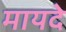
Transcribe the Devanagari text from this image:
मायदे